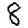
Digit: 8